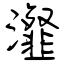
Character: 瀣